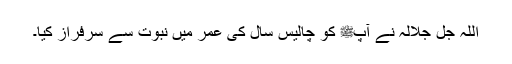
اللہ جل جلالہ نے آپﷺ کو چالیس سال کی عمر میں نبوت سے سرفراز کیا۔